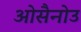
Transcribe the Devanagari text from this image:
ओसैनोउ